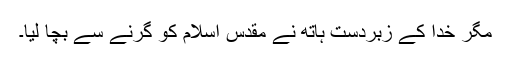
مگر خدا کے زبردست ہاتھ نے مقدس اسلام کو گرنے سے بچا لیا۔